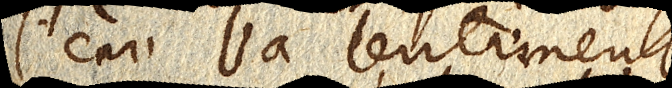
l’eau va lentement